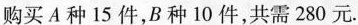
购买A种15件，B种10件，共需280元.